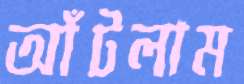
আঁটলাম